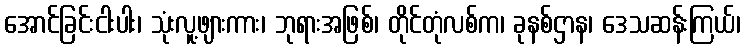
အောင်ခြင်းငါးပါး၊ သုံးလူ့ဖျားကား၊ ဘုရားအဖြစ်၊ တိုင်တုံလစ်က၊ ခုနစ်ဌာန၊ ဒေသဆန်းကြယ်၊